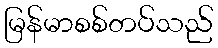
မြန်မာစစ်တပ်သည်